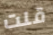
قلت